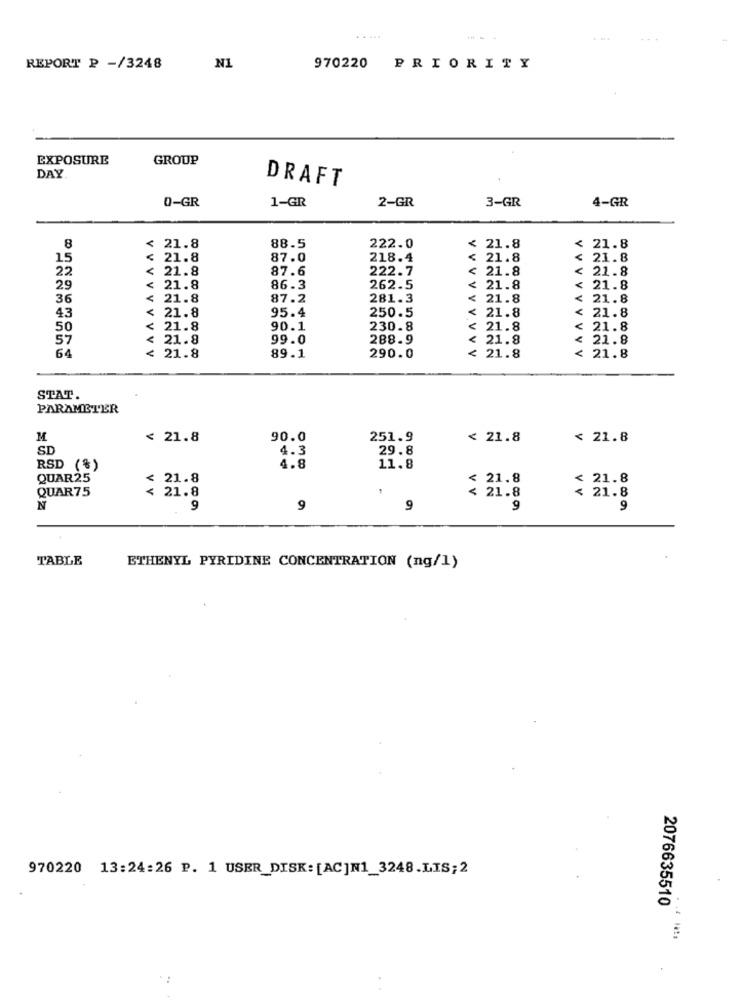
REPORT ₽ -/3248
N1
970220 PRIORITY
EXPOSURE
GROUP
DAY
DRAFT
0-GR
1-GR
2-GR
3-GR
4-GR
8
< 21.8
88.5
222.0
< 21.8
< 21.8
15
< 21.8
87.0
218.4
< 21.8
< 21.8
< 21.8
87.6
222.7
< 21.8
< 21.8
22
29
< 21.8
86.3
262.5
< 21.8
VVVVI
21.8
36
< 21.8
87.2
281.3
< 21.8
VVVV
21.8
< 21.8
95.4
250.5
< 21.8
21.8
43
50
< 21.8
90.1
230.8
< 21.8
: 21.8
57
21.8
99.0
288.9
< 21.8
< 21.8
64
VVV
: 21.8
89.1
290.0
< 21.8
< 21.8
STAT.
PARAMETER
M
< 21.8
90.0
251.9
< 21.8
< 21.8
SD
4.3
29.8
RSD (%)
4.8
11.8
QUAR25
≤ 21.8
< 21.8
< 21.8
QUAR75
< 21.8
< 21.8
< 21.8
N
9
9
9
9
9
TABLE
ETHENYL PYRIDINE CONCENTRATION (ng/1)
970220 13:24:26 P. 1 USER_DISK: [AC]N1_3248.LIS;2
2076635510